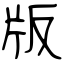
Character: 版